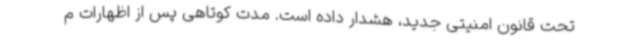
تحت قانون امنیتی جدید، هشدار داده است. مدت کوتاهی پس از اظهارات م